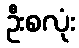
ဦးစလုံး